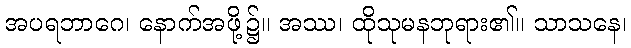
အပရဘာဂေ၊ နောက်အဖို့၌။ အဿ၊ ထိုသုမနဘုရား၏။ သာသနေ၊